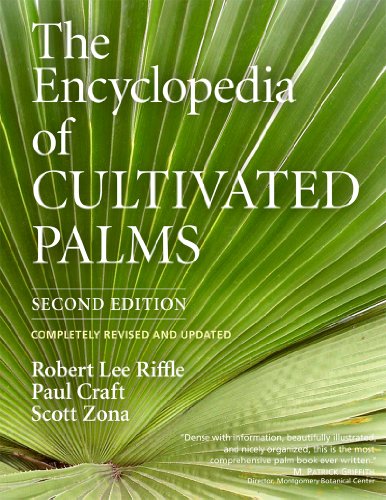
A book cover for The Encyclopedia of Cultivated Palms; Paul Craft; Crafts, Hobbies & Home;